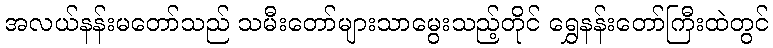
အလယ်နန်းမတော်သည် သမီးတော်များသာမွေးသည့်တိုင် ရွှေနန်းတော်ကြီးထဲတွင်